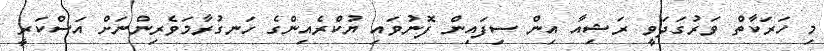
މި ހަރަކާތް ވަރުގަދަވީ ރަޝިއާ އިން ސިފައިން ފޮނުވައި ޔުކްރެއިންގެ ހަނގުރާމަވެރިންނަށް އަސްކަރީ